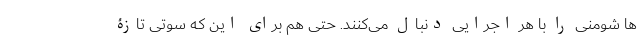
ها شومنی را با هر اجرایی دنبال می‌کنند. حتی هم برای این که سوتی تازۀ